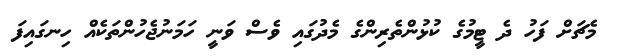
މެޗަށް ފަހު ދެ ޓީމުގެ ކުޅުންތެރިންގެ މެދުގައި ވެސް ވަނީ ހަމަނުޖެހުންތަކެއް ހިނގައިފަ